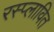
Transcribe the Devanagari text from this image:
रस्प्लावित